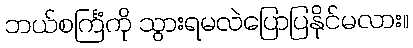
ဘယ်စင်္ကြံကို သွားရမလဲပြောပြနိုင်မလား။